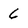
Character: 6